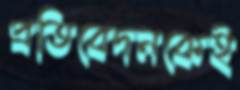
প্রতিবেদনকেই